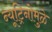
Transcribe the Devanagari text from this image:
न्यूट्रिनोमुळे